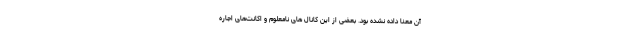
آن معنا داده نشده بود. بعضی از این کانال های نامعلوم و اکانت‌های اجاره